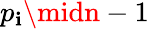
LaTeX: p_{\mathbf{i}}\midn-1